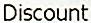
DISCOUNT